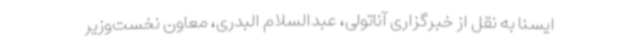
ایسنا به نقل از خبرگزاری آناتولی، عبدالسلام البدری، معاون نخست‌وزیر